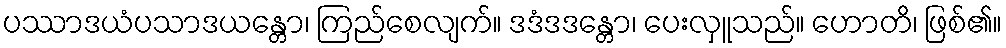
ပဿာဒယံပသာဒယန္တော၊ ကြည်စေလျက်။ ဒဒံဒဒန္တော၊ ပေးလှူသည်။ ဟောတိ၊ ဖြစ်၏။